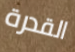
القدرة